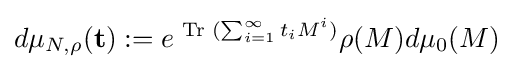
d\mu _{N,\rho }(\mathbf {t} ):=e^{{\text{ Tr }}(\sum _{i=1}^{\infty }t_{i}M^{i})}\rho (M)d\mu _{0}(M)